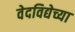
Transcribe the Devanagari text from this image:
वेदविद्येच्या